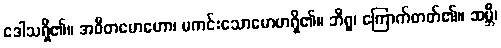
ဒေါသရှိ၏။ အဝီတမောဟော၊ မကင်းသောမောဟရှိ၏။ ဘီရူ၊ ကြောက်တတ်၏။ ဆမ္ဘီ၊